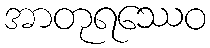
အာတုရဿေဝ